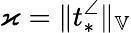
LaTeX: \varkappa=\| t_{*}^{\angle}\| _{\mathbb{V}}